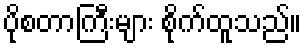
ပိုစတာကြီးများ စိုက်ထူသည်။